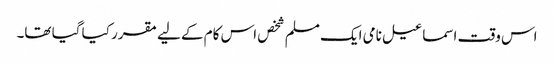
اس وقت اسماعیل نامی ایک مسلم شخص اس کام کے لیے مقرر کیا گیا تھا۔